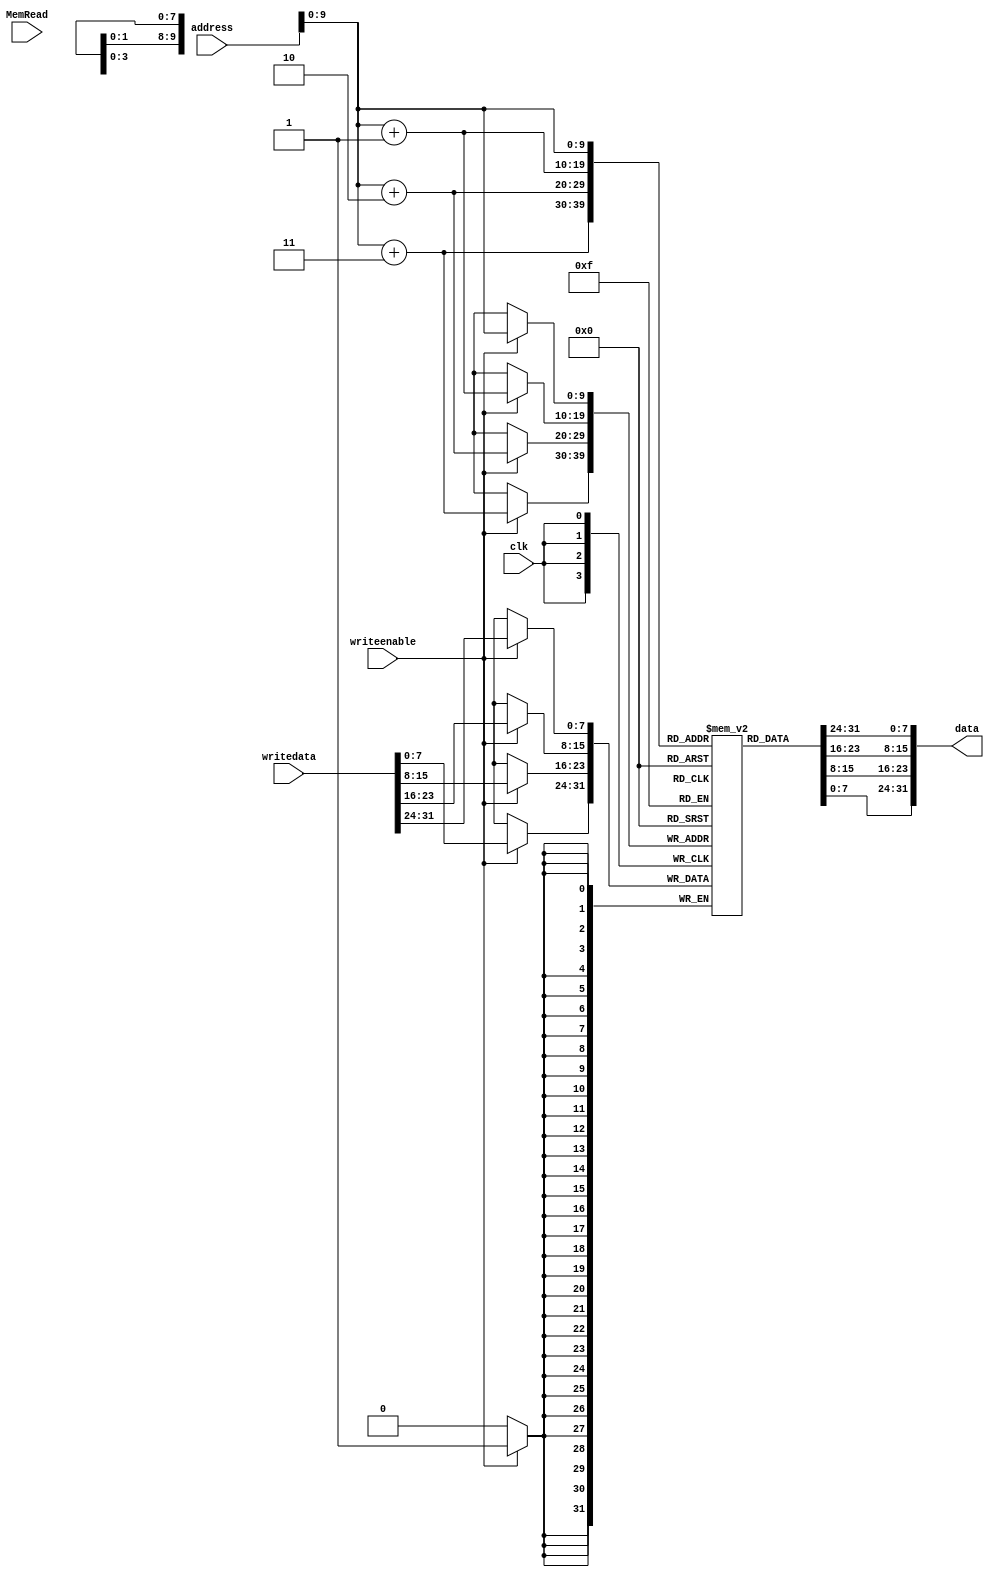
`timescale 1 ps / 100 fs
// Data Memory 
module dataMem(data, address, writedata, writeenable,MemRead,clk);

input [31:0] address, writedata;
input writeenable,MemRead, clk;
output [31:0] data;
reg [7:0] datamem[1023:0];
reg [31:0] temp;

buf #1000 buf0(data[0],temp[0]),
   buf1(data[1],temp[1]),
   buf2(data[2],temp[2]),
   buf3(data[3],temp[3]),
   buf4(data[4],temp[4]),
   buf5(data[5],temp[5]),
   buf6(data[6],temp[6]),
   buf7(data[7],temp[7]),
   buf8(data[8],temp[8]),
   buf9(data[9],temp[9]),
   buf10(data[10],temp[10]),
   buf11(data[11],temp[11]),
   buf12(data[12],temp[12]),
   buf13(data[13],temp[13]),
   buf14(data[14],temp[14]),
   buf15(data[15],temp[15]),
   buf16(data[16],temp[16]),
   buf17(data[17],temp[17]),
   buf18(data[18],temp[18]),
   buf19(data[19],temp[19]),
   buf20(data[20],temp[20]),
   buf21(data[21],temp[21]),
   buf22(data[22],temp[22]),
   buf23(data[23],temp[23]),
   buf24(data[24],temp[24]),
   buf25(data[25],temp[25]),
   buf26(data[26],temp[26]),
   buf27(data[27],temp[27]),
   buf28(data[28],temp[28]),
   buf29(data[29],temp[29]),
   buf30(data[30],temp[30]),
   buf31(data[31],temp[31]);

always @(posedge clk)
 if (writeenable)
 begin
  datamem[address]=writedata[31:24];
  datamem[address+1]=writedata[23:16];
  datamem[address+2]=writedata[15:8];
  datamem[address+3]=writedata[7:0];
 end

always @(address or datamem[address] or datamem[address+1] or datamem[address+2] or datamem[address+3])
begin
 temp={datamem[address],datamem[address+1],datamem[address+2],datamem[address+3]};
end

// initial
// begin
// $readmemh("data.dat", datamem);
// end

endmodule